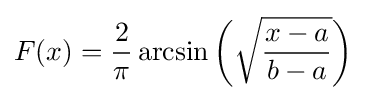
F(x)={\frac {2}{\pi }}\arcsin \left({\sqrt {\frac {x-a}{b-a}}}\right)